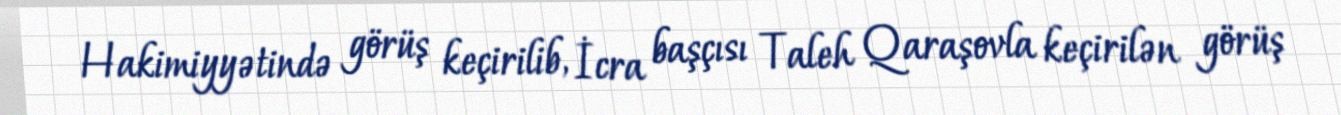
Hakimiyyətində görüş keçirilib, İcra başçısı Taleh Qaraşovla keçirilən görüş